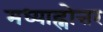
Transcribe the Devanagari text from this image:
मध्याह्नोत्तर